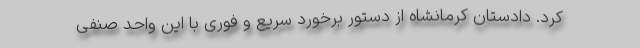
کرد. دادستان کرمانشاه از دستور برخورد سریع و فوری با این واحد صنفی